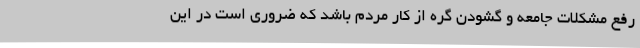
رفع مشکلات جامعه و گشودن گره از کار مردم باشد که ضروری است در این